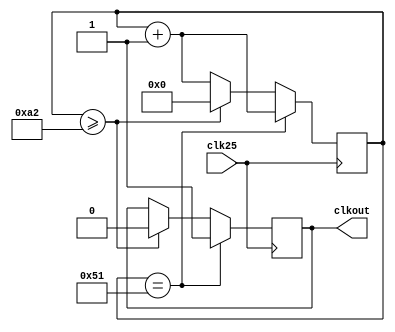
`timescale 1ns / 1ps
//////////////////////////////////////////////////////////////////////////////////
// Module Name:    clkdiv 
//////////////////////////////////////////////////////////////////////////////////

module clkdiv(clk25, clkout);
input 			clk25;		//
output 			clkout;		//
reg 			clkout;
reg 	[15:0] 	cnt;

initial cnt = 0; //sim
always @(posedge clk25)   //163 clk 1clk16
begin
	if(cnt == 16'd81)		//82 clk
	begin
		clkout 	<= 1'b1;
		cnt 	<= cnt + 16'd1;
	end
	else if(cnt >= 16'd162)	//81clk
	begin
		clkout 	<= 1'b0;
		cnt 	<= 16'd0;
	end
	else
	begin
		cnt 	<= cnt + 16'd1;
	end
end
endmodule